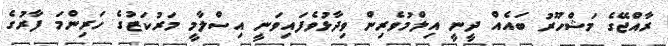
ރާއްޖޭގެ މަޝްހޫރު ބައެއް ދީނީ އިލްމުވެރިން ވިދާޅުވެފައިވަނީ އިސްލާމީ މަރުކަޒުގެ ހަރިންމަ ފާރުގެ